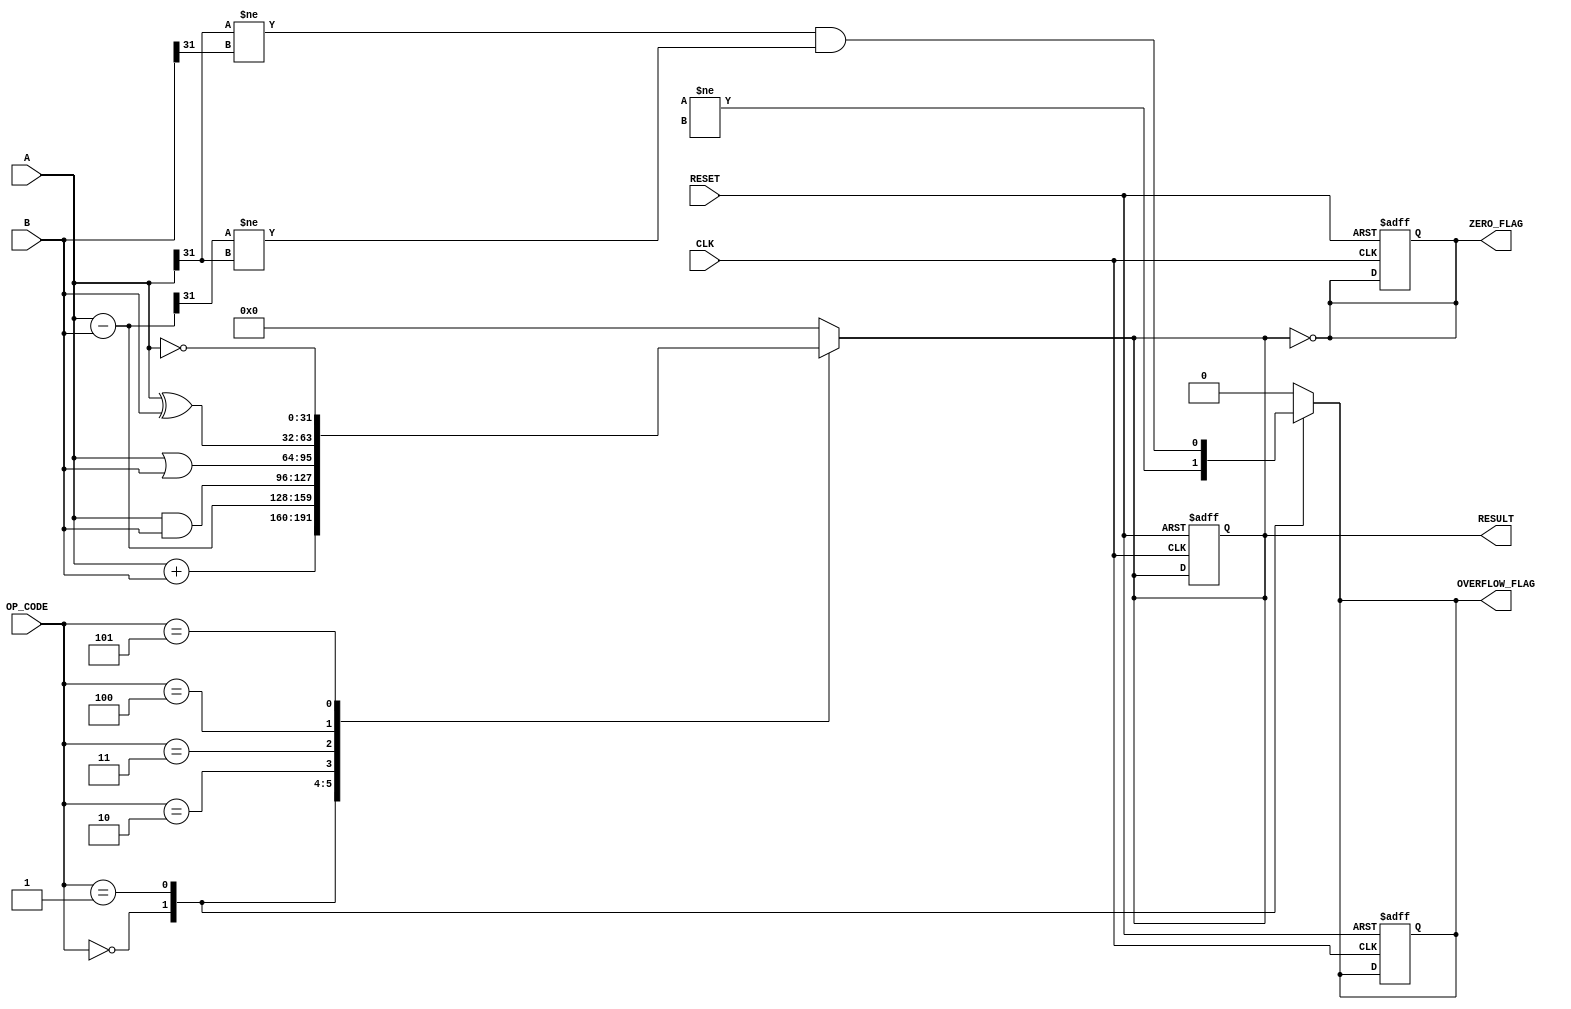
module ParameterizedALU #(
    parameter DATA_WIDTH = 32,            // Bit-width of the input and output data
    parameter OPERATION_MODE = 4           // Number of operations supported
)(
    input  wire [DATA_WIDTH-1:0] A,       // First operand
    input  wire [DATA_WIDTH-1:0] B,       // Second operand
    input  wire [OPERATION_MODE-1:0] OP_CODE, // Operation code
    input  wire CLK,                       // Clock signal
    input  wire RESET,                     // Asynchronous reset
    output reg [DATA_WIDTH-1:0] RESULT,   // Result of the operation
    output reg ZERO_FLAG,                  // Zero flag
    output reg OVERFLOW_FLAG                // Overflow flag
);

    // Define operation codes
    localparam ADD      = 4'b0000; // Addition
    localparam SUB      = 4'b0001; // Subtraction
    localparam AND      = 4'b0010; // AND
    localparam OR       = 4'b0011; // OR
    localparam XOR      = 4'b0100; // XOR
    localparam NOT      = 4'b0101; // NOT
    // Add more operations as needed

    // Internal signals
    wire [DATA_WIDTH:0] sum; // For overflow detection

    // Combinational logic for operation selection
    always @(*) begin
        case (OP_CODE)
            ADD: begin
                RESULT = A + B;
                OVERFLOW_FLAG = (sum[DATA_WIDTH] != sum[DATA_WIDTH-1]); // Check for overflow
            end
            SUB: begin
                RESULT = A - B;
                OVERFLOW_FLAG = (A[DATA_WIDTH-1] != B[DATA_WIDTH-1]) && (RESULT[DATA_WIDTH-1] != A[DATA_WIDTH-1]);
            end
            AND: begin
                RESULT = A & B;
                OVERFLOW_FLAG = 1'b0; // No overflow for logical operations
            end
            OR: begin
                RESULT = A | B;
                OVERFLOW_FLAG = 1'b0; // No overflow for logical operations
            end
            XOR: begin
                RESULT = A ^ B;
                OVERFLOW_FLAG = 1'b0; // No overflow for logical operations
            end
            NOT: begin
                RESULT = ~A; // Assuming NOT operation on A
                OVERFLOW_FLAG = 1'b0; // No overflow for logical operations
            end
            default: begin
                RESULT = 0;
                OVERFLOW_FLAG = 1'b0;
            end
        endcase
    end

    // Zero flag detection
    always @(*) begin
        ZERO_FLAG = (RESULT == 0);
    end

    // Sequential logic for clock and reset
    always @(posedge CLK or posedge RESET) begin
        if (RESET) begin
            RESULT <= 0;
            ZERO_FLAG <= 0;
            OVERFLOW_FLAG <= 0;
        end else begin
            // The result and flags are updated in the combinational block
        end
    end

endmodule